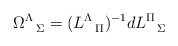
\begin{align*}\Omega^{\Lambda}_{\ \ \Sigma}=(L^{\Lambda}_{\ \ \Pi})^{-1}dL^{\Pi}_{\ \ \Sigma}\end{align*}